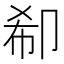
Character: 𠨚